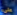
على